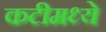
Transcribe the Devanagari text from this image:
कटीमध्ये